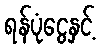
ရန်ပုံငွေနှင့်